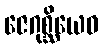
ဇေဂုစ္ဆိယေဝ